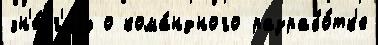
эн'е́рг'иjу о кома́ндного разрабо́тк'е